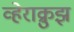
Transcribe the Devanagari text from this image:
व्हेराक्रुझ